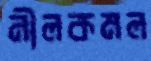
নীলকমল